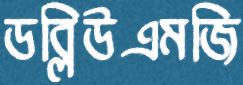
ডব্লিউএমজি